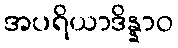
အပရိယာဒိန္နာဝ